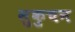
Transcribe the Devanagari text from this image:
सुकुचन